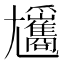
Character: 𡰢